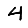
Digit: 4